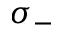
\sigma _ { - }